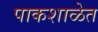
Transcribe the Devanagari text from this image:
पाकशाळेत